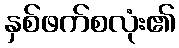
နှစ်ဖက်စလုံး၏